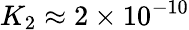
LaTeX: K_{2}\approx 2\times 10^{-10}